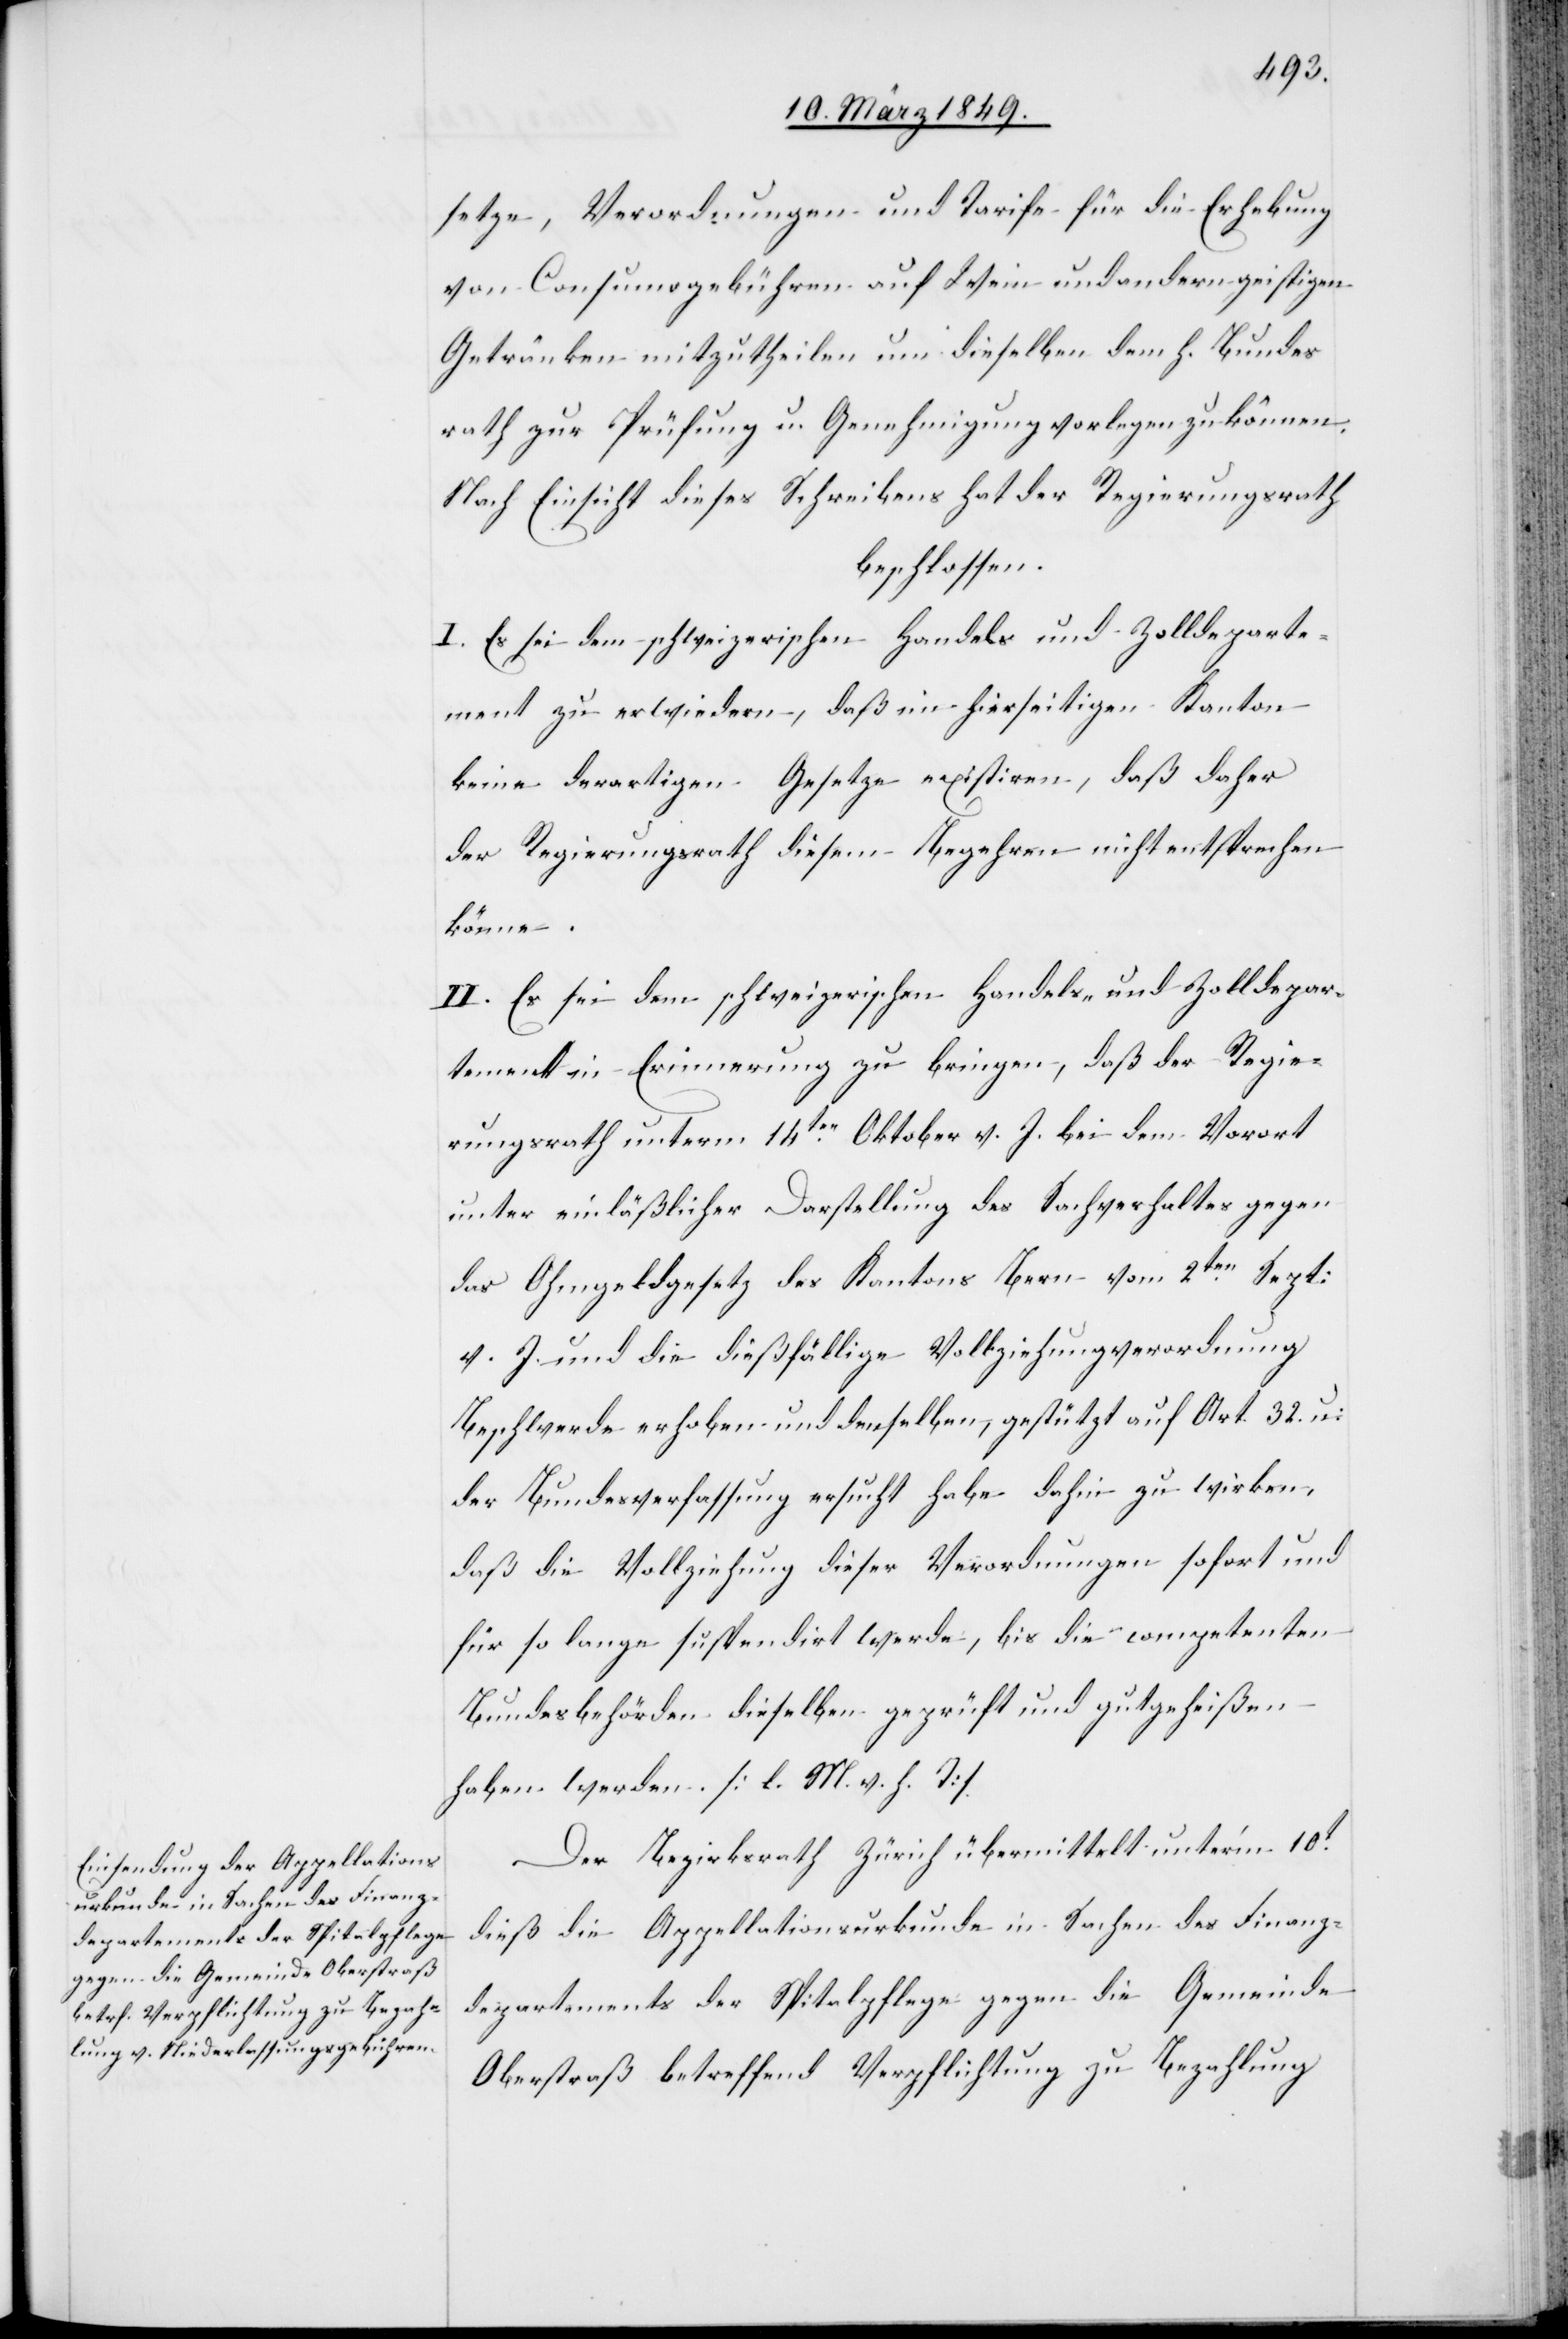
setze, Verordnungen und Tarife für die Erhebung
von Consumogebühren auf Wein und andern geistigen
Getränken mitzutheilen um dieselben dem H. Bundes¬
rath zur Prüfung u. Genehmigung vorlegen zu können.
Nach Einsicht dieses Schreibens hat der Regierungsrath
beschlossen.
I. Es sei dem schweizerischen Handels und Zolldeparte¬
ment zu erwiedern, daß im hierseitigen Kanton
keine derartigen Gesetze existiren, daß daher
der Regierungsrath diesem Begehren nicht entsprechen
könne.
II. Es sei dem schweizerischen Handels- und Zolldepar¬
tement in Erinnerung zu bringen, daß der Regie¬
rungsrath unterm 14ten. Oktober v. J. bei dem Vorort
unter einläßlicher Darstellung des Sachverhalts gegen
das Ohmgeldgesetz des Kantons Bern vom 2ten. Sept:
v. J. und die dießfällige Vollziehungverordnung
Beschwerde erhoben und denselben, gestützt auf Art. 32. u:
der Bundesverfassung ersucht habe dahin zu wirken,
daß die Vollziehung dieser Verordnungen sofort und
für so lange suspendirt werde, bis die competenten
Bundesbehörden dieselbe geprüft und gutgeheißen
haben werden. [l. M. v. h. T]
Der Bezirksrath Zürich übermittelt unter’m 10t.
dieß die Appellationsurkunde in Sachen des Finanz¬
departements der Spitalpflege gegen die Gemeinde
Oberstraß betreffend Verpflichtung zu Bezahlung